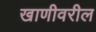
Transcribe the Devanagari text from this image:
खाणीवरील